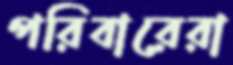
পরিবারেরা